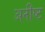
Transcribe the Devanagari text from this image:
अनीष्ट